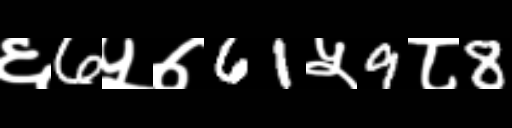
Text: ६6५७61५9८8